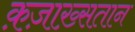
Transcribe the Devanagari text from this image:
क़ज़ाख़्सतान